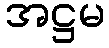
အဋ္ဌမ